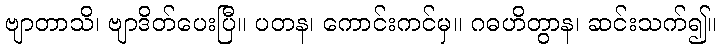
ဗျာတာသိ၊ ဗျာဒိတ်ပေးပြီ။ ပတန၊ ကောင်းကင်မှ။ ဂဓဟိတွာန၊ ဆင်းသက်၍။